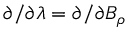
\partial / \partial \lambda = \partial / \partial B _ { \rho }